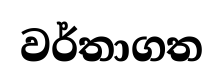
වර්තාගත